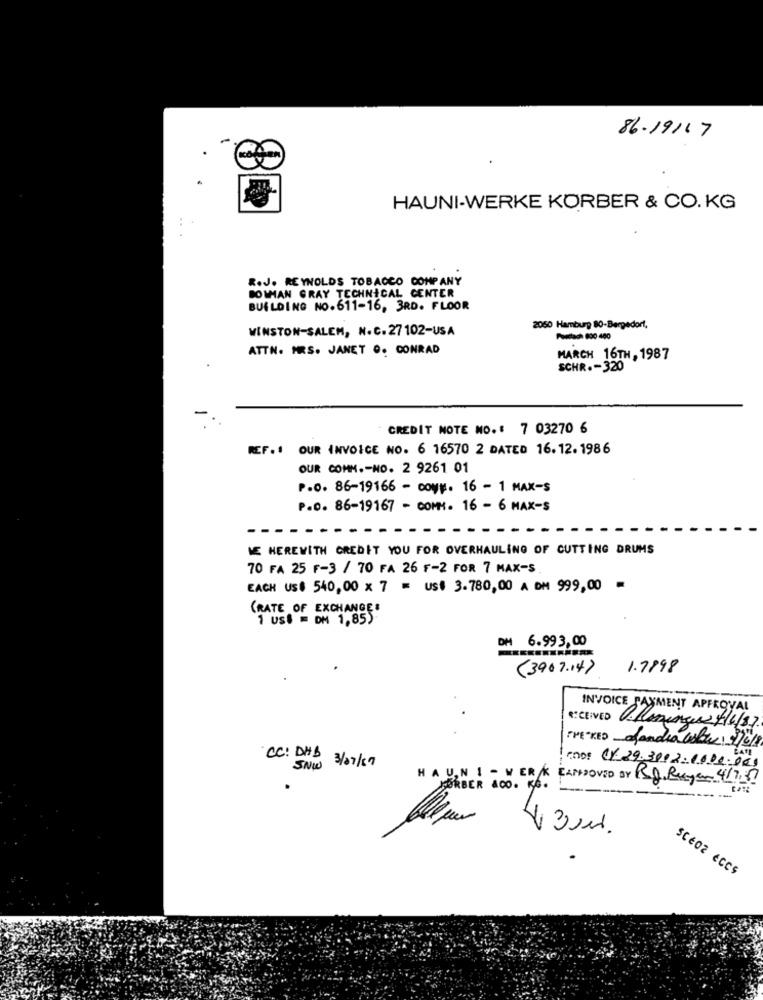
86.19117
HAUNI-WERKE KORBER & CO. KG
R.J. REYNOLDS TOBACCO COMPANY
BOWMAN GRAY TECHNICAL CENTER
BUILDING NO. 611-16, 3RD. FLOOR
WINSTON-SALEM, N.C. 27 102-USA
2050 Hamburg 80-Bergedorf,
Porach 800 480
ATTN. MRS. JANET O. CONRAD
MARCH 16TH, 1987
SCHR .- 320
CREDIT NOTE NO .: 7 03270 6
REF.1 OUR INVOICE NO. 6 16570 2 DATED 16.12. 1986
OUR COMM .- NO. 2 9261 01
P.o. 86-19166 - coyw. 16 - 1 MAX-S
P.D. 86-19167 - COMM. 16 - 6 MAX-S
WE HEREWITH CREDIT YOU FOR OVERHAULING OF CUTTING DRUMS
70 FA 25 F-3 / 70 FA 26 F-2 FOR 7 MAX-S
EACH US$ 540,00 x 7 = us$ 3.780,00 A DM 999,00 =
(RATE OF EXCHANGE:
1 Us$ = DM 1,85)
DM
6.99 3, 00
(3907.14)
1.7998
INVOICE PAYMENT APFROYAL
RECEIVED .Poringa /16/ 87
THE RED ofandra color: $/6/8
CC: DHB 3/07/19
SNW
CODE CY. 29.3092.1600.000
HAUN I - WERK EAPPROVED BY RD Ruyor 4/787
FORBER 100 . KG .
SCE02 ECCS